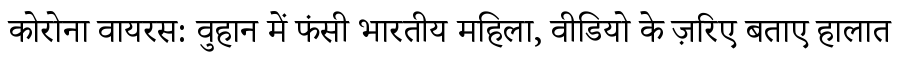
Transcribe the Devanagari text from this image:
कोरोना वायरस: वुहान में फंसी भारतीय महिला, वीडियो के ज़रिए बताए हालात